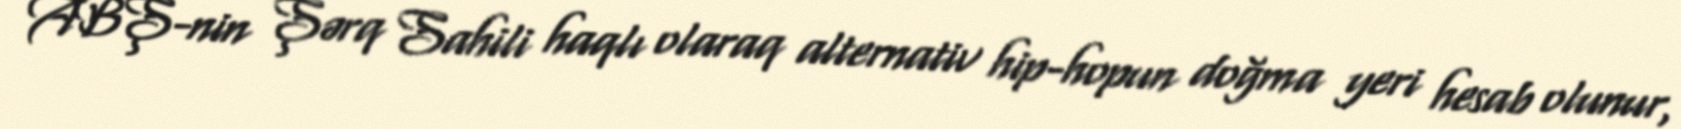
ABŞ-nin Şərq Sahili haqlı olaraq alternativ hip-hopun doğma yeri hesab olunur,